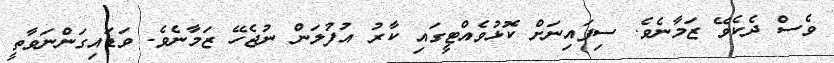
ވެސް ދެކެވޭ ޒަމާނެވެ. ސިފައިނަށް ކޮޅުވެއްޓީގައި ކާރު އުފުލަން ނުޖެހޭ ޒަމާނެވެ. ވަޑައިގަންނަވާތީ